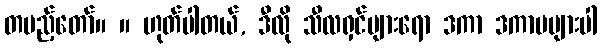
တပည့်တော်။ ။ ဟုတ်ပါတယ်, ဒီလို သီလရှင်များရော ဒကာ ဒကာမများပါ